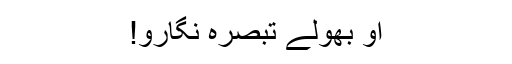
او بھولے تبصرہ نگارو!